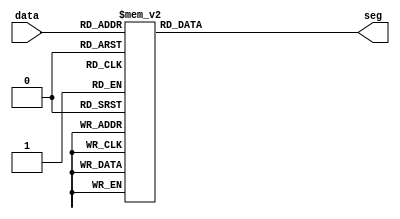
module bin_7seg(input [3:0] data, 
				output reg [6:0] seg);

	always @ (data)
		
		case (data)
			4'h0: seg = ~7'b0111111;
			4'h1: seg = ~7'b0000110;     	   
			4'h2: seg = ~7'b1011011;    		  
			4'h3: seg = ~7'b1001111;    		  
			4'h4: seg = ~7'b1100110; 		  	 
			4'h5: seg = ~7'b1101101;   		  
			4'h6: seg = ~7'b1111101;   		 
			4'h7: seg = ~7'b0000111;   		  
			4'h8: seg = ~7'b1111111;    	     
			4'h9: seg = ~7'b1101111;    		 
			4'ha: seg = ~7'b1110111;
			4'hb: seg = ~7'b1111100;
			4'hc: seg = ~7'b1011000;
			4'hd: seg = ~7'b1011110;
			4'he: seg = ~7'b1111001;
			4'hf: seg = ~7'b1110001;
		endcase
		
endmodule